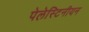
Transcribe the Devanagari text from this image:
पेलेस्टिनीयन